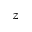
z